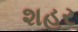
શહર